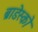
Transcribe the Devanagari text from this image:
ब्राडेस्को